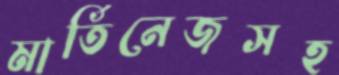
মার্তিনেজসহ